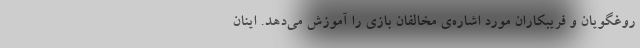
روغگویان و فریبکاران مورد اشاره‌ی مخالفان بازی را آموزش می‌دهد. اینان